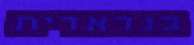
בגדאדית